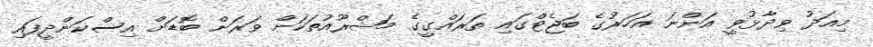
މިއަދު ވިދާޅުވީ އަންނަ އަހަރުގެ ބަޖެޓްގައި ތަރައްގީގެ މަޝްރޫއުތަކަށް ވަރަށް ބޮޑަށް އިސްކަންދީފައި